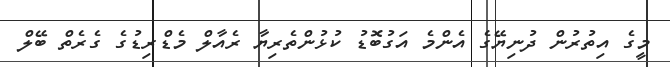
މީގެ އިތުރުން ދުނިޔޭގެ އެންމެ އަގުބޮޑު ކުޅުންތެރިޔާ ރެއާލް މެޑްރިޑުގެ ގެރެތް ބޭލް